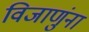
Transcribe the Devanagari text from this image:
विजाणुंना